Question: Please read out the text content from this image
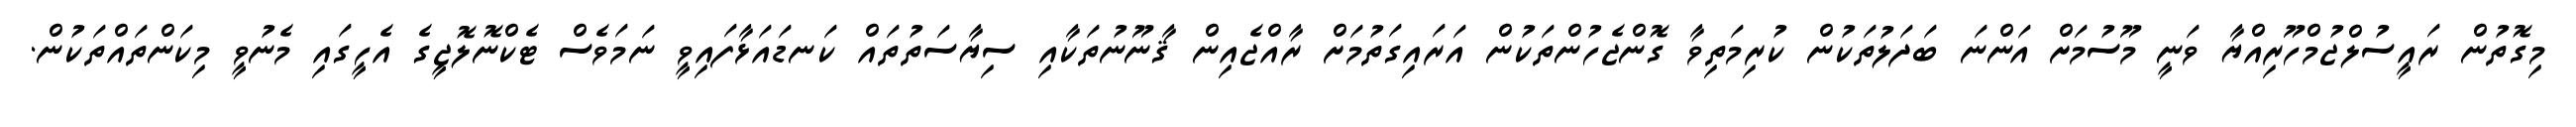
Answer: މިގޮތުން ރައީސުލްޖުމްހޫރިއްޔާ ވަނީ މޫސުމަށް އަންނަ ބަދަލުތަކުން ކުރިމަތިވާ ގޮންޖެހުންތަކުން އަރައިގަތުމަށް ރާއްޖެއިން ޤާނޫނުތަކާއި ސިޔާސަތުތައް ކަނޑައަޅާފައިވީ ނަމަވެސް ޓެކްނޮލޮޖީގެ އެހީގައި މެނުވީ މިކަންތައްތަކުން.